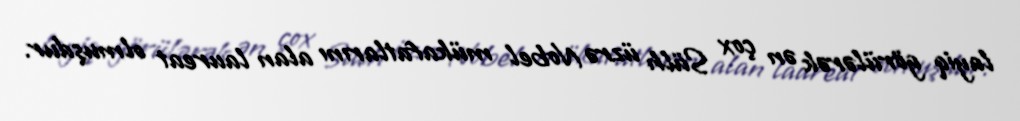
layiq görülərək ən çox Sülh üzrə Nobel mükafatlarını alan laureat olmuşdur.